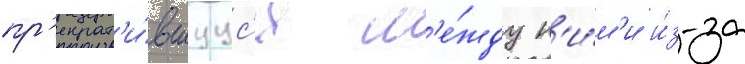
пр'екрат'и́вшуус'я м'е́жду н'и́м'и и́з-за